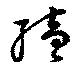
續